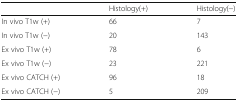
<table><thead><tr><td></td><td><b>Histology(+)</b></td><td><b>Histology(−)</b></td></tr></thead><tbody><tr><td>In vivo T1w (+)</td><td>66</td><td>7</td></tr><tr><td>In vivo T1w (−)</td><td>20</td><td>143</td></tr><tr><td>Ex vivo T1w (+)</td><td>78</td><td>6</td></tr><tr><td>Ex vivo T1w (−)</td><td>23</td><td>221</td></tr><tr><td>Ex vivo CATCH (+)</td><td>96</td><td>18</td></tr><tr><td>Ex vivo CATCH (−)</td><td>5</td><td>209</td></tr></tbody></table>